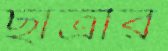
ছাত্রীর